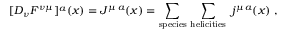
[ D _ { \nu } F ^ { \nu \mu } ] ^ { a } ( x ) = J ^ { \mu \, a } ( x ) = \sum _ { \mathrm { s p e c i e s } } \, \sum _ { \mathrm { h e l i c i t i e s } } \ j ^ { \mu \, a } ( x ) \ ,